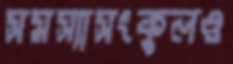
সমস্যাসংকুলও